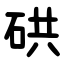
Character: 硔